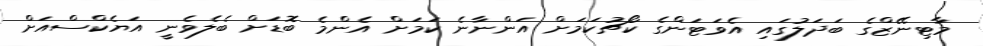
މާޓިނޭޒްގެ ބަދަލުގައި އެވަޓަންގެ ކޯޗުކަމަށް އަންނާނެ ކަމަށް އެންމެ ބޮޑަށް ބެލެވެނީ އަޔެކްސްއަށް